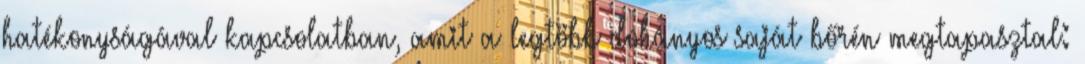
hatékonyságával kapcsolatban, amit a legtöbb dohányos saját bőrén megtapasztal: